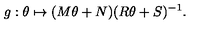
g : \theta \mapsto ( M \theta + N ) ( R \theta + S ) ^ { - 1 } .